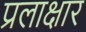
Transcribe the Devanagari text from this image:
प्रलाक्षार